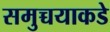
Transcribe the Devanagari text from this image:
समुच्चयाकडे